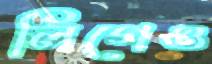
লিগেও